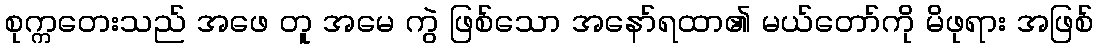
စုက္ကတေးသည် အဖေ တူ အမေ ကွဲ ဖြစ်သော အနော်ရထာ၏ မယ်တော်ကို မိဖုရား အဖြစ်